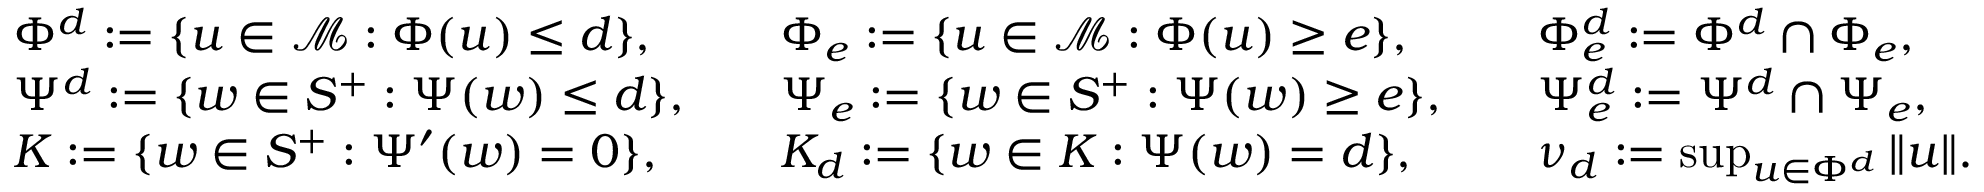
\begin{array} { r l r l r l r } & { \Phi ^ { d } : = \{ u \in \mathcal { M } : \Phi ( u ) \leq d \} , } & & { \Phi _ { e } : = \{ u \in \mathcal { M } : \Phi ( u ) \geq e \} , } & & { \Phi _ { e } ^ { d } : = \Phi ^ { d } \cap \Phi _ { e } , } & \\ & { \Psi ^ { d } : = \{ w \in S ^ { + } : \Psi ( w ) \leq d \} , } & & { \Psi _ { e } : = \{ w \in S ^ { + } : \Psi ( w ) \geq e \} , } & & { \Psi _ { e } ^ { d } : = \Psi ^ { d } \cap \Psi _ { e } , } & \\ & { K : = \{ w \in S ^ { + } : \Psi ^ { \prime } ( w ) = 0 \} , } & & { K _ { d } : = \{ w \in K : \Psi ( w ) = d \} , } & & { \nu _ { d } : = \operatorname* { s u p } _ { u \in \Phi ^ { d } } \| u \| . } & \end{array}